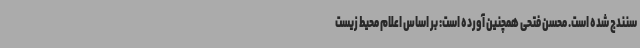
سنندج شده است. محسن فتحی همچنین آورده است: بر اساس اعلام محیط زیست